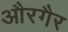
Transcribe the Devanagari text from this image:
औरगैर